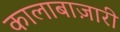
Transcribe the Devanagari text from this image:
कालाबाज़ारी